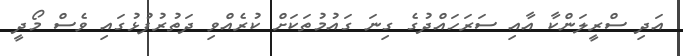
އަދި ސްރީލަންކާ އާއި ސަރަހައްދުގެ ގިނަ ގައުމުތަކަށް ކުރެއްވި ދަތުރުފުޅުގައި ވެސް މޯދީ